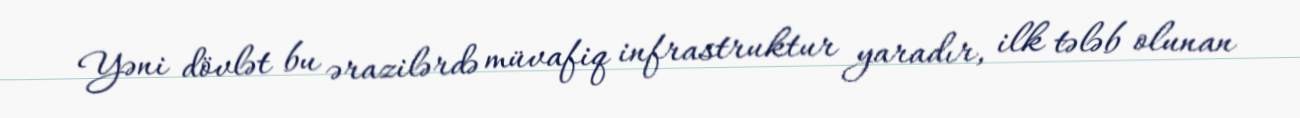
Yəni dövlət bu ərazilərdə müvafiq infrastruktur yaradır, ilk tələb olunan